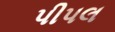
પીપલ